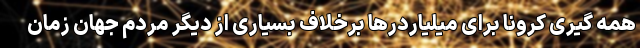
همه گیری کرونا برای میلیاردرها برخلاف بسیاری از دیگر مردم جهان زمان